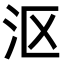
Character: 沤